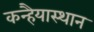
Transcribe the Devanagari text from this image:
कन्हैयास्थान